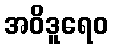
အဝိဒူရေဝ